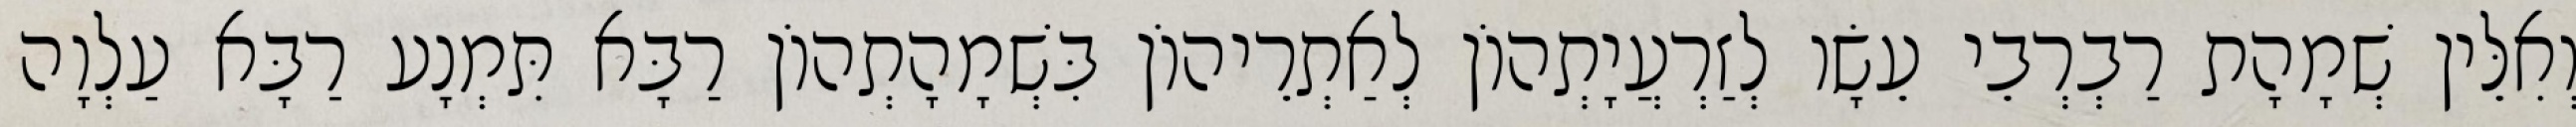
וְאִלֵּין שְׁמָהָת רַבְרְבֵי עֵשָׂו לְזַרְעֲיָתְהוֹן לְאַתְרֵיהוֹן בִּשְׁמָהָתְהוֹן רַבָּא תִּמְנָע רַבָּא עַלְוָה